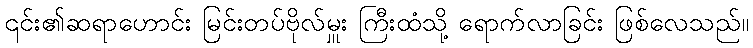
၎င်း၏ဆရာဟောင်း မြင်းတပ်ဗိုလ်မှူး ကြီးထံသို့ ရောက်လာခြင်း ဖြစ်လေသည်။